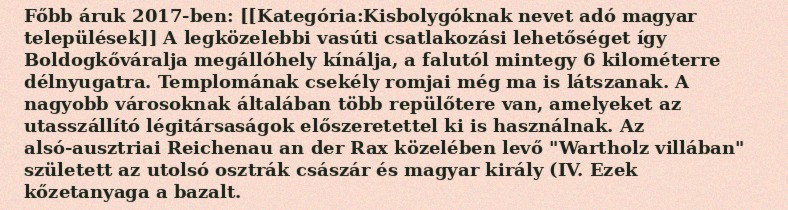
Főbb áruk 2017-ben: [[Kategória:Kisbolygóknak nevet adó magyar települések]] A legközelebbi vasúti csatlakozási lehetőséget így Boldogkőváralja megállóhely kínálja, a falutól mintegy 6 kilométerre délnyugatra. Templomának csekély romjai még ma is látszanak. A nagyobb városoknak általában több repülőtere van, amelyeket az utasszállító légitársaságok előszeretettel ki is használnak. Az alsó-ausztriai Reichenau an der Rax közelében levő "Wartholz villában" született az utolsó osztrák császár és magyar király (IV. Ezek kőzetanyaga a bazalt.